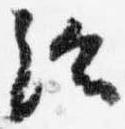
給